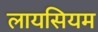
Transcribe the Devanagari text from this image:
लायसियम